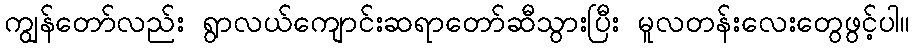
ကျွန်တော်လည်း ရွာလယ်ကျောင်းဆရာတော်ဆီသွားပြီး မူလတန်းလေးတွေဖွင့်ပါ။